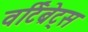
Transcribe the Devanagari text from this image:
वर्टिब्रेट्स